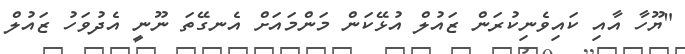
"ޔޫހާ އާއި ކައިވެނިކުރަން ޒައުލް އުޅޭކަން މަންމައަށް އެނގޭތަ ނޫނީ އެދުވަހު ޒައުލް